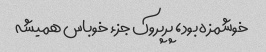
خوشمزه بود، پرپروک جزء خوباس همیشه